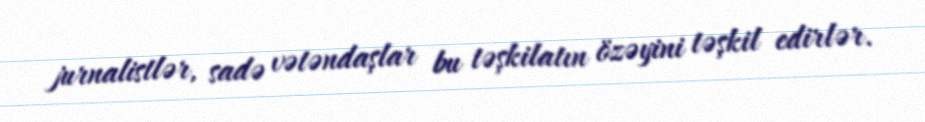
jurnalistlər, sadə vətəndaşlar bu təşkilatın özəyini təşkil edirlər.